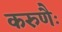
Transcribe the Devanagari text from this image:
करुणैः